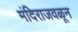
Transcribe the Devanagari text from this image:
मंदिराजवळून